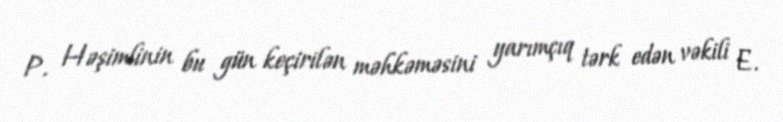
P. Həşimlinin bu gün keçirilən məhkəməsini yarımçıq tərk edən vəkili E.